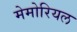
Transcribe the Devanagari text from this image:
मेमोरियल